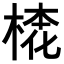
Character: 𣕢